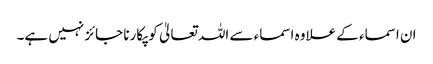
ان اسماء کے علاوہ اسماء سے اللہ تعالیٰ کو پکارنا جائز نہیں ہے۔